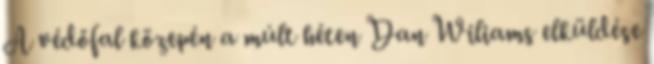
A védőfal közepén a múlt héten Dan Wiliams elküldése